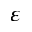
\varepsilon